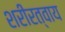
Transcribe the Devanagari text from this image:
शरीरत्वाय